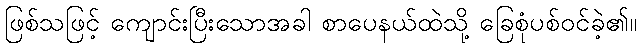
ဖြစ်သဖြင့် ကျောင်းပြီးသောအခါ စာပေနယ်ထဲသို့ ခြေစုံပစ်ဝင်ခဲ့၏။